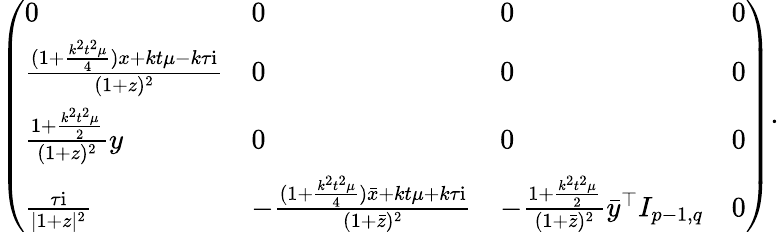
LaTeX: \left(\begin{array}{llll}{0}&{0}&{0}&{0}\\ {\frac{(1+\frac{k^{2}t^{2}\mu}{4})x+kt\mu-k\tau\mathrm{i}}{(1+z)^{2}}}&{0}&{0}&{0}\\ {\frac{1+\frac{k^{2}t^{2}\mu}{2}}{(1+z)^{2}}y}&{0}&{0}&{0}\\ {\frac{\tau\mathrm{i}}{|1+z|^{2}}}&{-\frac{(1+\frac{k^{2}t^{2}\mu}{4})\bar{x}+kt\mu+k\tau\mathrm{i}}{(1+\bar{z})^{2}}}&{-\frac{1+\frac{k^{2}t^{2}\mu}{2}}{(1+\bar{z})^{2}}\bar{y}^{\top}I_{p-1,q}}&{0}\end{array}\right).